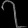
Digit: ၇